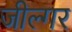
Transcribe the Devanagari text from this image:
जील्‍गर